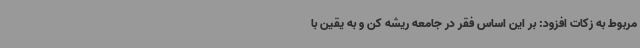
مربوط به زکات افزود: بر این اساس فقر در جامعه ریشه کن و به یقین با